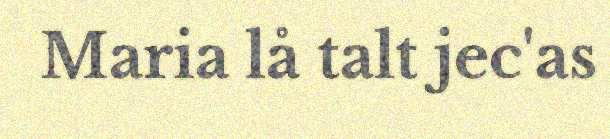
Maria lå talt jec'as